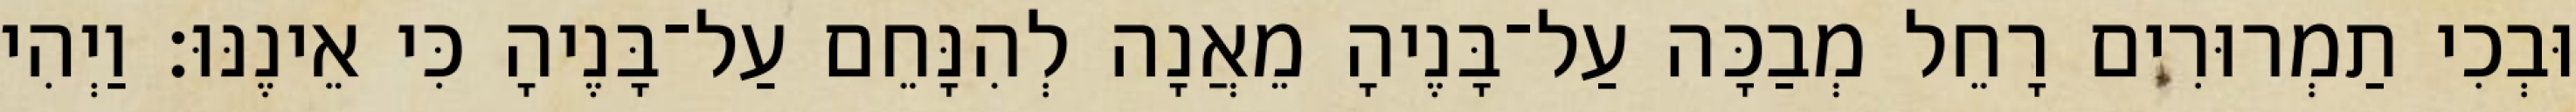
וּבְכִי תַמְרוּרִים רָחֵל מְבַכָּה עַל־בָּנֶיהָ מֵאֲנָה לְהִנָּחֵם עַל־בָּנֶיהָ כִּי אֵינֶנּוּ׃ וַיְהִי